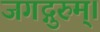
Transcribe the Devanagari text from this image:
जगद्गुरुम्।